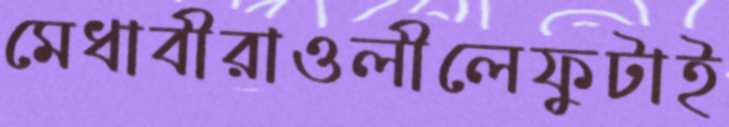
মেধাবীরাওলীলেফুটাই